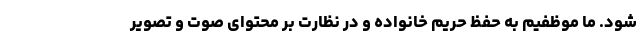
شود. ما موظفیم به حفظ حریم خانواده و در نظارت بر محتوای صوت و تصویر